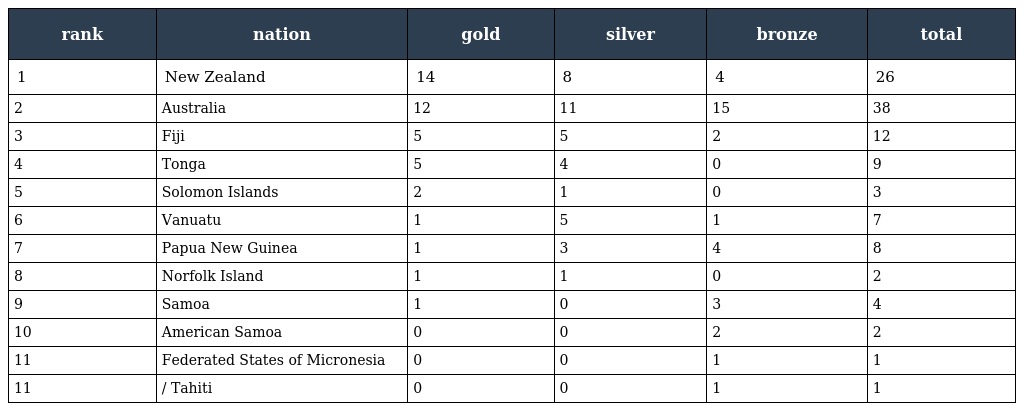
| rank | nation | gold | silver | bronze | total |
 | --- | --- | --- | --- | --- | --- |
 | 1 | New Zealand | 14 | 8 | 4 | 26 |
 | 2 | Australia | 12 | 11 | 15 | 38 |
 | 3 | Fiji | 5 | 5 | 2 | 12 |
 | 4 | Tonga | 5 | 4 | 0 | 9 |
 | 5 | Solomon Islands | 2 | 1 | 0 | 3 |
 | 6 | Vanuatu | 1 | 5 | 1 | 7 |
 | 7 | Papua New Guinea | 1 | 3 | 4 | 8 |
 | 8 | Norfolk Island | 1 | 1 | 0 | 2 |
 | 9 | Samoa | 1 | 0 | 3 | 4 |
 | 10 | American Samoa | 0 | 0 | 2 | 2 |
 | 11 | Federated States of Micronesia | 0 | 0 | 1 | 1 |
 | 11 | / Tahiti | 0 | 0 | 1 | 1 |